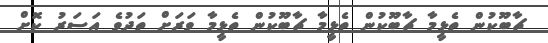
ޗާބޫކުން ތެެޅީމާ ޗާބޫކުން ތެޅީމާ ޗާބޫކުން ތެޅީމާ ވަރަށް ތަދުވެ އަސަރު ކޮށް